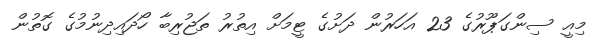
މިއީ ސިންގަޕޫރުގެ 23 އަހަރުން ދަށުގެ ޓީމަށް އިތުރު ތަޖުރިބާ ހޯދައިދިނުމުގެ ގޮތުން